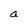
Character: a